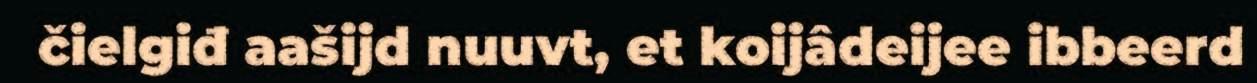
čielgiđ aašijd nuuvt, et koijâdeijee ibbeerd